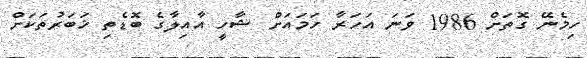
ހިމެނޭ ގޮތަށް 1986 ވަނަ އަހަރާ ހަމައަށް ޝާހީ އާއިލާގެ ބޮޑެތި ޚަބަރުތަކަށް